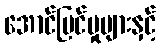
အောင်မြင်မှုများနှင့်